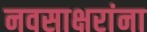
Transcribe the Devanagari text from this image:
नवसाक्षरांना